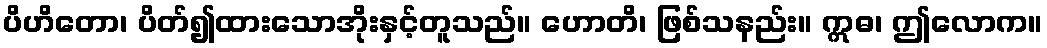
ပိဟိတော၊ ပိတ်၍ထားသောအိုးနှင့်တူသည်။ ဟောတိ၊ ဖြစ်သနည်း။ ဣဓ၊ ဤလောက။